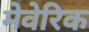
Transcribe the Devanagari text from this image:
मेवेरिक